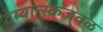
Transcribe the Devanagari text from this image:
देम्यान्स्कजवळ